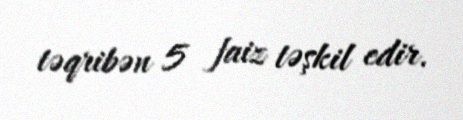
təqribən 5 faiz təşkil edir.